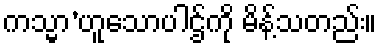
ကသ္မာ’ဟူသောပါဌ်ကို မိန့်သတည်း။